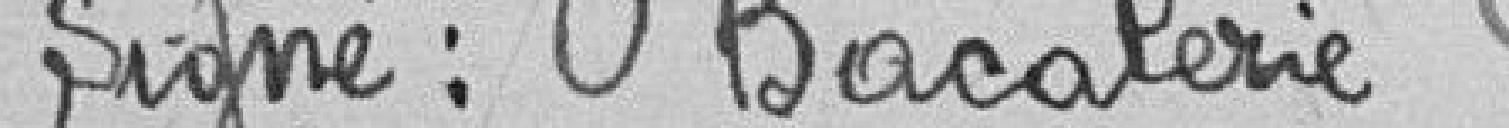
Signé : Bacalerie